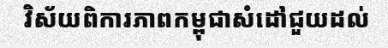
វិស័យពិការភាពកម្ពុជាសំដៅជួយដល់